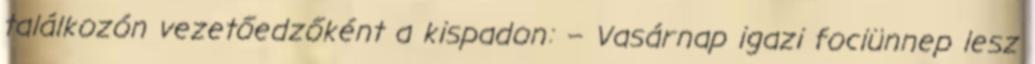
találkozón vezetőedzőként a kispadon: – Vasárnap igazi fociünnep lesz